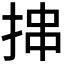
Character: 𪭶